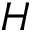
H